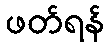
ဖတ်ရန်